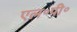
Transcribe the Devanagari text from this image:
एल॰पी॰